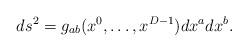
LaTeX: \begin{align*}ds^2 = g_{ab}(x^0,\ldots,x^{D-1}) dx^a dx^b.\end{align*}